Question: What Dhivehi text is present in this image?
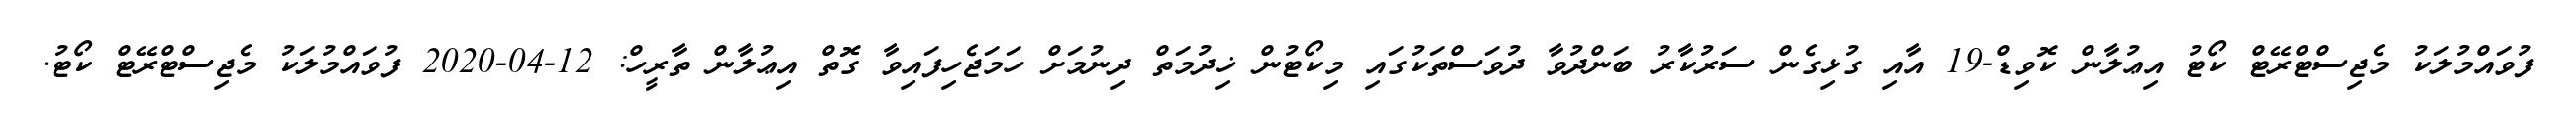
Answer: ފުވައްމުލަކު މެޖިސްޓްރޭޓް ކޯޓު އިޢުލާން ކޮވިޑް-19 އާއި ގުޅިގެން ސަރުކާރު ބަންދުވާ ދުވަސްތަކުގައި މިކޯޓުން ޚިދުމަތް ދިނުމަށް ހަމަޖެހިފައިވާ ގޮތް އިޢުލާން ތާރީހް: 12-04-2020 ފުވައްމުލަކު މެޖިސްޓްރޭޓް ކޯޓު.